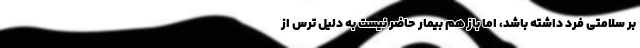
بر سلامتی فرد داشته باشد، اما باز هم بیمار حاضر نیست به دلیل ترس از